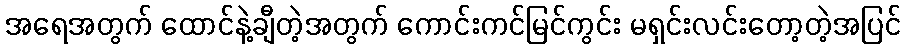
အရေအတွက် ထောင်နဲ့ချီတဲ့အတွက် ကောင်းကင်မြင်ကွင်း မရှင်းလင်းတော့တဲ့အပြင်